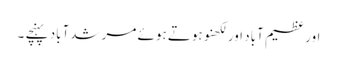
اور عظیم آباد اور لکھنو ہوتے ہوئے مرشدآباد پہنچے ۔